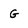
Character: G